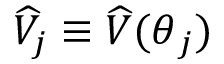
\widehat V _ { j } \equiv \widehat V ( \boldsymbol { \theta } _ { j } )